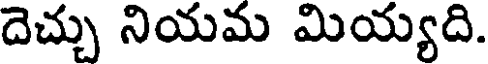
దెచ్చు నియమ మియ్యది.